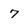
Character: 7